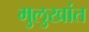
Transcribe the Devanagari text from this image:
मुलुखांत